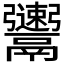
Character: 𩱫